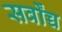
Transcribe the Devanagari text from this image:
सर्वोंच्च